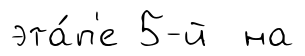
эта́п'е 5-й на